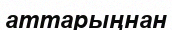
аттарыңнан